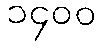
၁၄၀၀